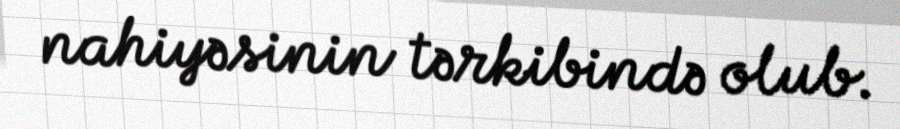
nahiyəsinin tərkibində olub.